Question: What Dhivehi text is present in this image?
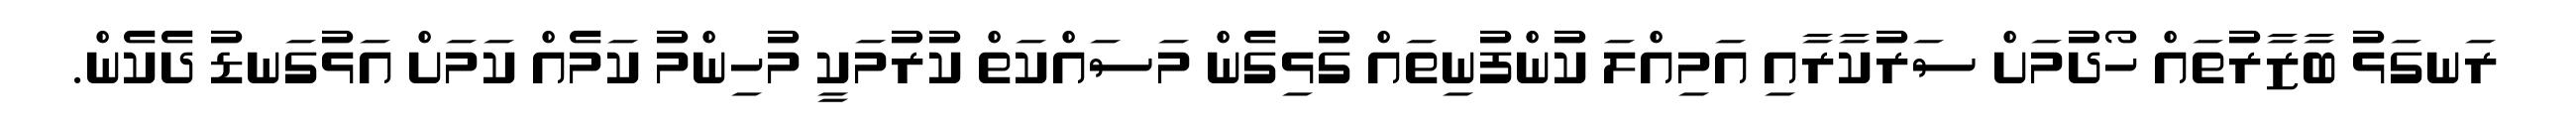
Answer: ރަނގަޅު ބާޒާރުތައް ހޯދުމަށް ސަރުކާރާއި އަމިއްލަ ކުންފުނިތައް ގުޅިގެން މަސައްކަތް ކުރުމަކީ މުހިންމު ކަމެއް ކަމަށް އަޅުގަނޑު ދެކެން.